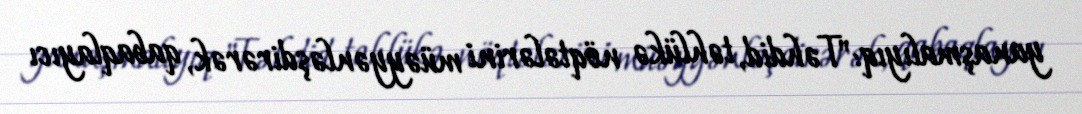
yanaşmalıyıq:"Təhdid, təhlükə nöqtələrini müəyyənləşdirərək, qabaqlayıcı